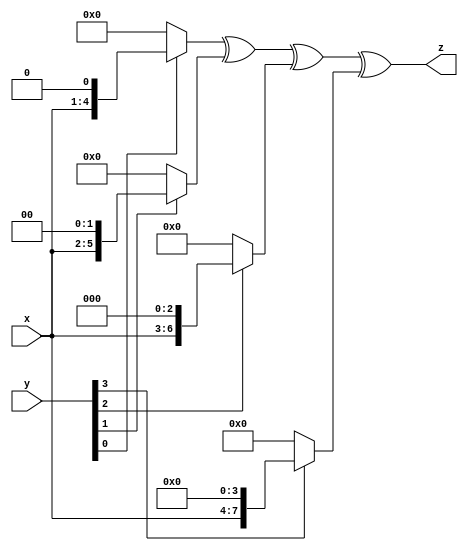
`timescale 1 ns / 1 ps
//
// Copyright (c) 2016 by IP Cores, Inc.   All rights reserved.  This text
// contains proprietary, confidential information of IP Cores, Inc.,  and
// may be used, copied,  and/or disclosed only pursuant to the terms of a
// valid license agreement with IP Cores, Inc. This copyright notice must
// be retained as part of this text at all times.
//
// Rev. 1.0
// Rev. 2.0 - added GMAC mode per customer request
//


module gmp4x4(
   input        [3:0] x,
   input        [3:0] y,
   output wire  [7:0] z
);

   wire [7:0] Z0, Z1, Z2, Z3;

   assign Z3  = y[3 ] ? {       x,  4'h0 } : 8'h0;
   assign Z2  = y[2 ] ? { 1'h0, x,  3'h0 } : 8'h0;
   assign Z1  = y[1 ] ? { 2'h0, x,  2'h0 } : 8'h0;
   assign Z0  = y[0 ] ? { 3'h0, x,  1'h0 } : 8'h0;
   assign z = Z0 ^ Z1 ^ Z2 ^ Z3;

endmodule